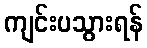
ကျင်းပသွားရန်